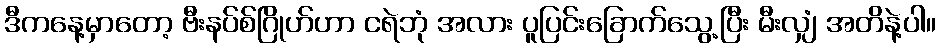
ဒီကနေ့မှာတော့ ဗီးနပ်စ်ဂြိုဟ်ဟာ ငရဲဘုံ အလား ပူပြင်းခြောက်သွေ့ပြီး မီးလျှံ အတိနဲ့ပါ။